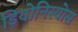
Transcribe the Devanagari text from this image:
ड़ियोनिस्योस